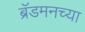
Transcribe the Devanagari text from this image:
ब्रॅडमनच्या